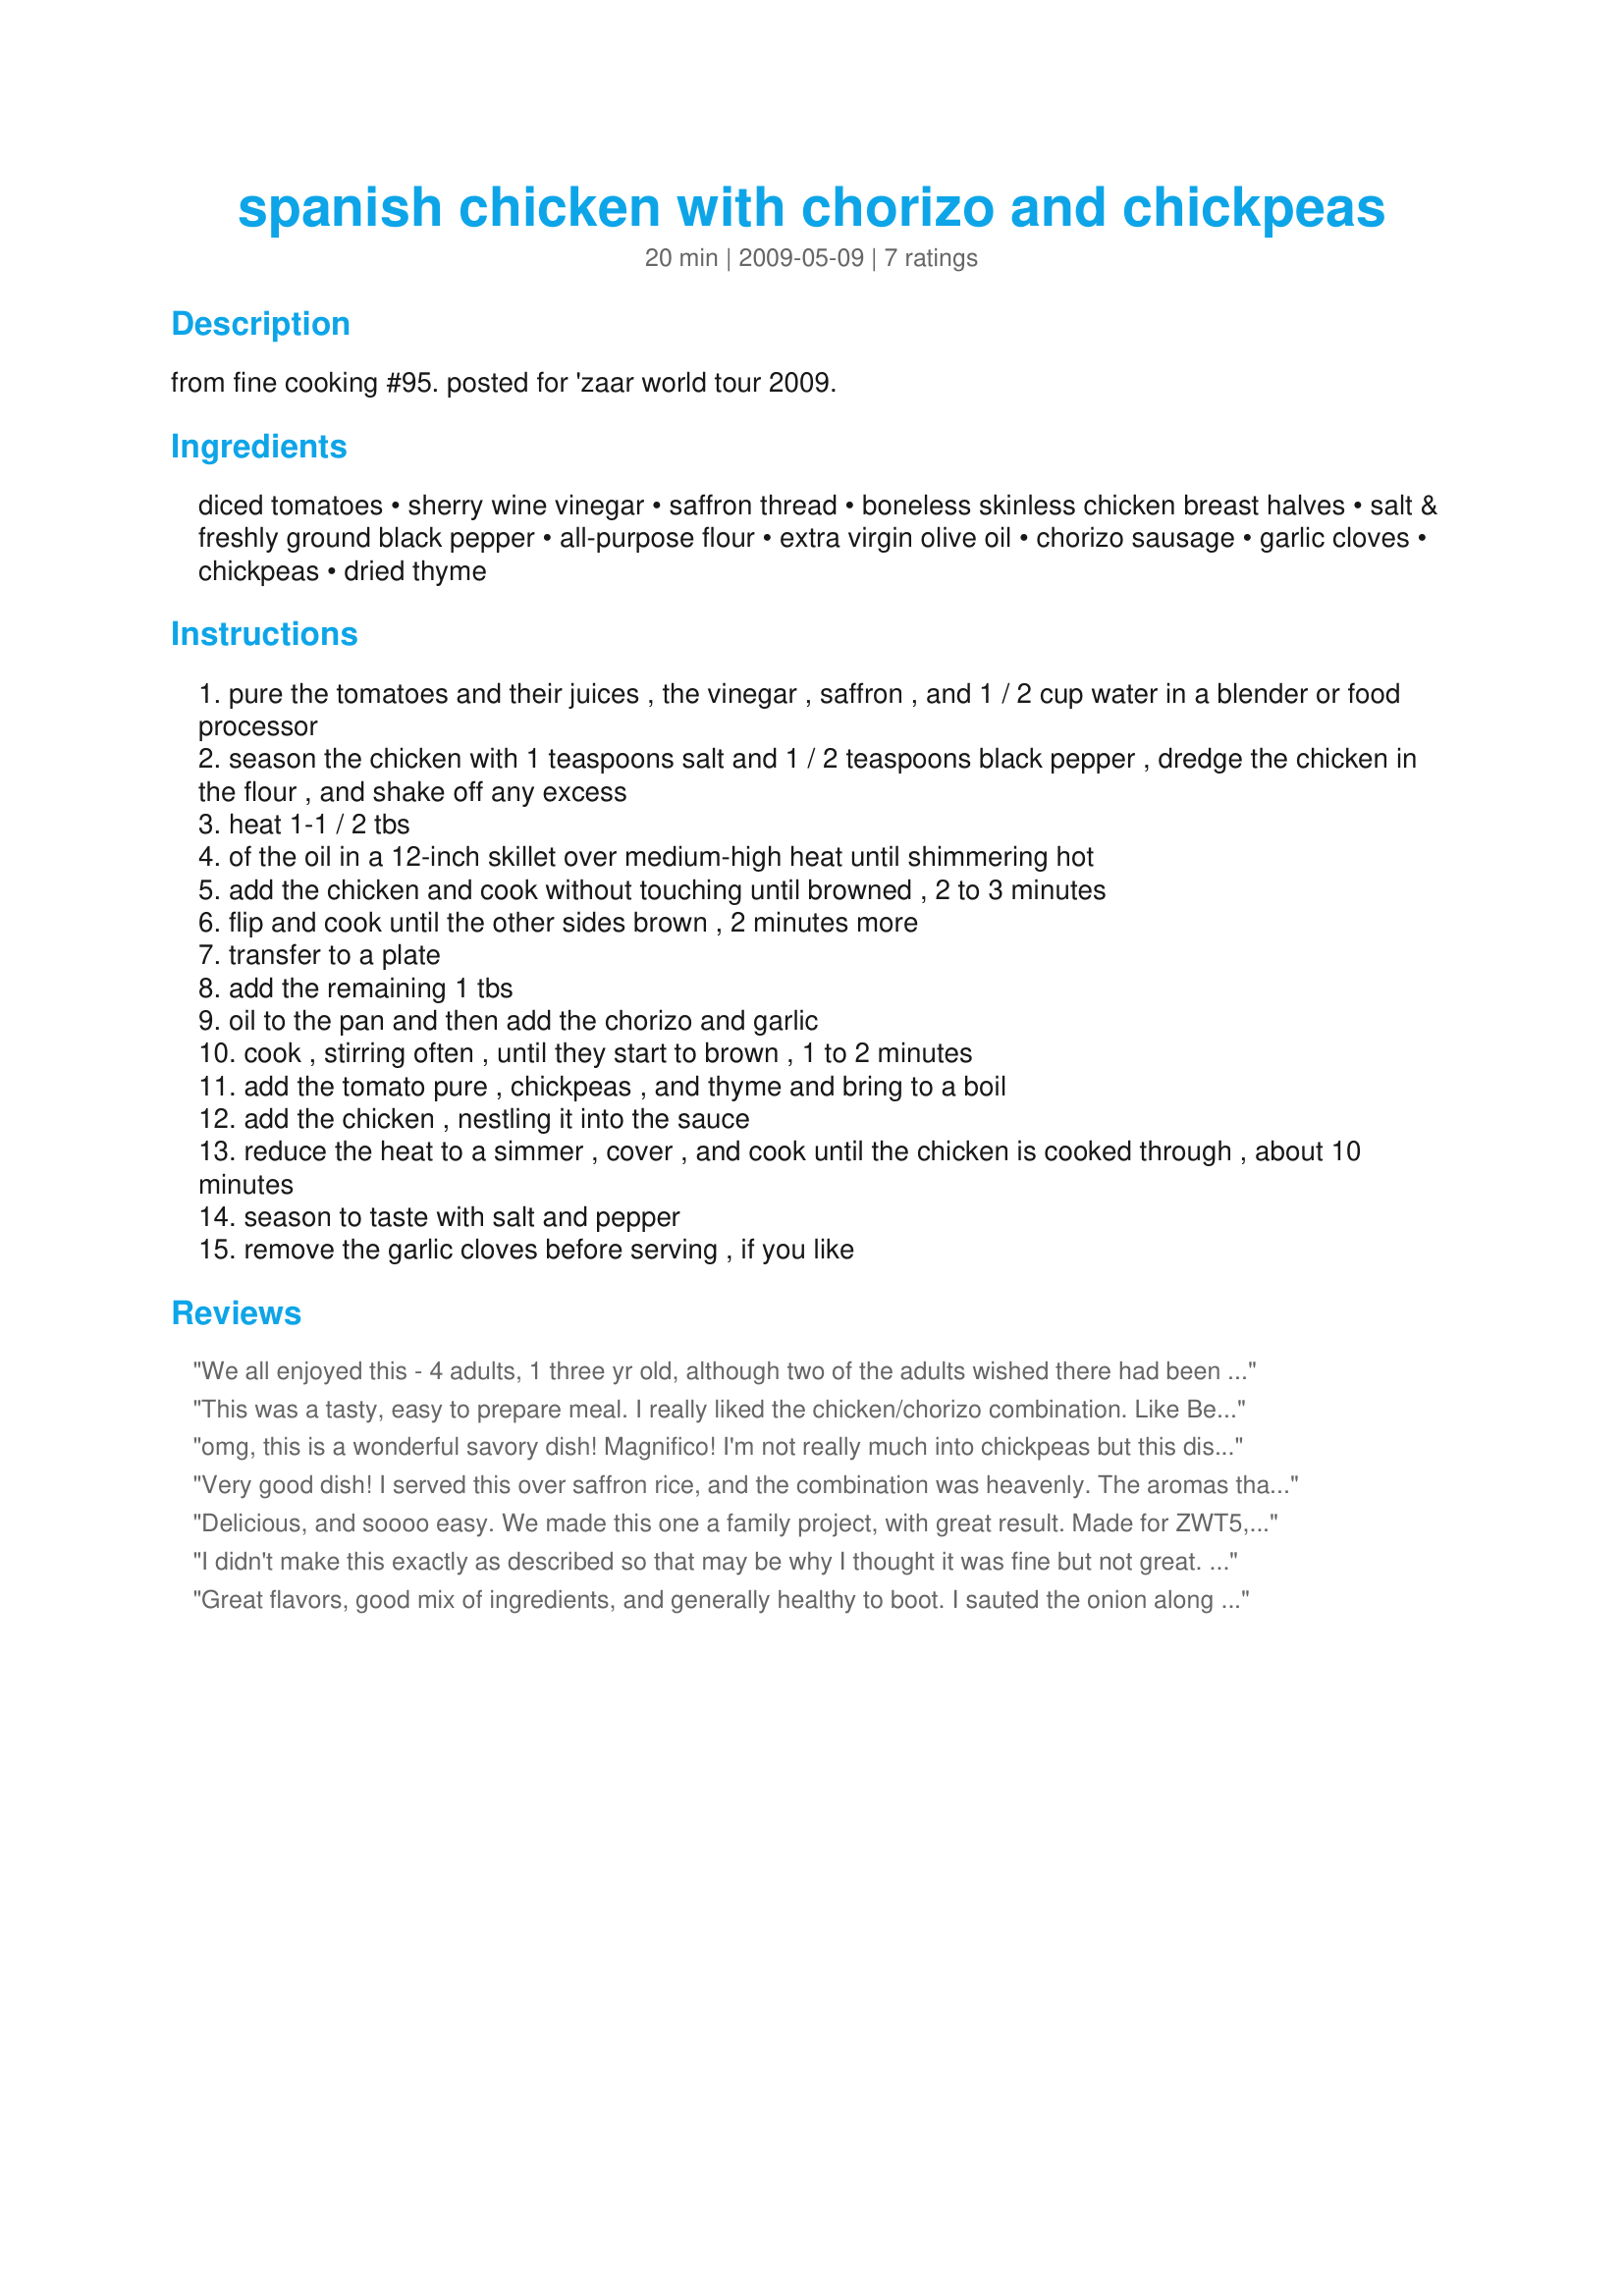
spanish chicken with chorizo and chickpeas
Preparation time: 20 minutes

from fine cooking #95. posted for 'zaar world tour 2009.

Ingredients:
diced tomatoes, sherry wine vinegar, saffron thread, boneless skinless chicken breast halves, salt & freshly ground black pepper, all-purpose flour, extra virgin olive oil, chorizo sausage, garlic cloves, chickpeas, dried thyme

Steps:
pure the tomatoes and their juices , the vinegar , saffron , and 1 / 2 cup water in a blender or food processor
season the chicken with 1 teaspoons salt and 1 / 2 teaspoons black pepper , dredge the chicken in the flour , and shake off any excess
heat 1-1 / 2 tbs
of the oil in a 12-inch skillet over medium-high heat until shimmering hot
add the chicken and cook without touching until browned , 2 to 3 minutes
flip and cook until the other sides brown , 2 minutes more
transfer to a plate
add the remaining 1 tbs
oil to the pan and then add the chorizo and garlic
cook , stirring often , until they start to brown , 1 to 2 minutes
add the tomato pure , chickpeas , and thyme and bring to a boil
add the chicken , nestling it into the sauce
reduce the heat to a simmer , cover , and cook until the chicken is cooked through , about 10 minutes
season to taste with salt and pepper
remove the garlic cloves before serving , if you like

Reviews:
We all enjoyed this - 4 adults, 1 three yr old, although two of the adults wished there had been more of a "kick". I would use some other reviewers' advice next time and serve this over rice. I had no sherry vinegar, so used sherry. Also, I used crushed tomatoes instead of pureeing diced tomatoes. It was super fast and easy to make.
This was a tasty, easy to prepare meal. I really liked the chicken/chorizo combination. Like Bekah's review, my husband did not care as much for the chickpeas and suggested I cut back next time, but I liked them. Thanks for posting!
omg, this is a wonderful savory dish! Magnifico! I'm not really much into chickpeas but this dish made me like it when blended with all these sauce ingredients. I even added more than a pinch of the Spanish saffron since we like it and didn't add salt and pepper at the last part since the seasoned chicken's enough. Since the thick sauce didn't fully cover the tasty chickens, they still retained a bit of the crisp outside when it was first cooked which was great. We also served this with choices of Recipe #113983 and Recipe #370049. AlmorzÃ¡bamos magnÃ­fico! Muchas gracias! Made for ZWT5.
Very good dish! I served this over saffron rice, and the combination was heavenly. The aromas that waft when this is cooking makes it hard to resist. My huband didn't care for the chickpeas, but I did. Thanks!
Delicious, and soooo easy. We made this one a family project, with great result. Made for ZWT5, used all of the listed ingredients, with the exception of the sherry vinegar. (Found out that we ran out!!) Used red wine vinegar instead. The combination of the tomatoes, chicken and chorizo sausage is unique and wonderful, and the chickpeas add both flavor and thickness to the sauce. The smell of the thyme and garlic makes it hard to wait until the chicken is done, and the color given by the tomatoes and saffron are lovely. My family would definitely eat this one again!!
I didn't make this exactly as described so that may be why I thought it was fine but not great. I omitted the water because I used a 28 oz can of tomatoes. I used red wine vinegar because I didn't have sherry vinegar, but I wish that I had added some real sherry to boost the flavour and complement the saffron. I would probably cut down on the chickpeas next time or try to marinade or season them somehow; they didn't seem to absorb any of the flavours.
Great flavors, good mix of ingredients, and generally healthy to boot. I sauted the onion along with the chorizo and garlic. I had to cook my chicken longer than the time called for,
Probably because the breasts were quite thick, but that wasn't really a problem. To serve, I cut the chicken into bite size pieces and mixed evertything up together. I'm not really sure the saffron added that much exra to the dish, so if you don't have any, I wouldn't worry about it too much. Thanks for sharing this; it was well liked by my meatatarian husband and myself.
